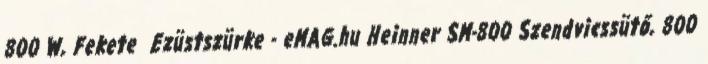
800 W, Fekete Ezüstszürke - eMAG.hu Heinner SM-800 Szendvicssütő, 800